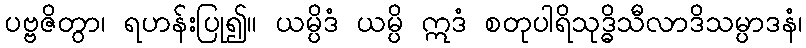
ပဗ္ဗဇိတွာ၊ ရဟန်းပြု၍။ ယမ္ပိဒံ ယမ္ပိ ဣဒံ စတုပါရိသုဒ္ဓိသီလာဒိသမ္ပာဒနံ၊